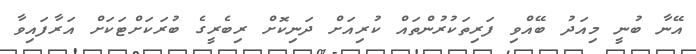
އޭނާ ބުނީ މިއަދު ބޭއްވި ފަރިތަކުރުންތައް ކުރިއަށް ދަނިކޮށް ރިބެރީގެ ބުރަކަށްޓަކަށް އަރާފައިވާ